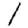
Digit: 1